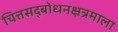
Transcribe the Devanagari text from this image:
चित्तसद्‍बोधनक्षत्रमाला